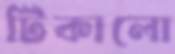
টিকালো